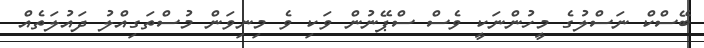
ބޭސްކް ނަސްލުގެ މީހުންނަކީ ވެސް ސްޕޭނުން ވަކި ވެ މިނިވަން މުސްތަގިއްލު ދައުލަތެއް